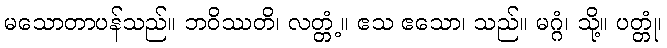
မသောတာပန်သည်။ ဘဝိဿတိ၊ လတ္တံ့။ ဧသ ဧသော၊ သည်။ မဂ္ဂံ၊ သို့။ ပတ္တုံ၊